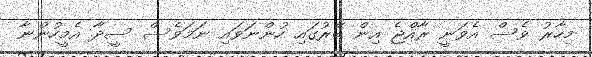
މިހާރު ވެސް އެވަނީ ރާއްޖެ އިން ބޭރުގައި ހުންނަވައި ނަމަވެސް ސީދާ އެމީހުންނާ